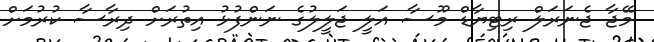
މޭޖާ ޖެނަރަލް ރިޓިޔާޑް މޫސާ އަލީ ޖަލީލުގެ ނަންފުޅު އިތުރަށް ދިރާސާ ކުރުމަށް